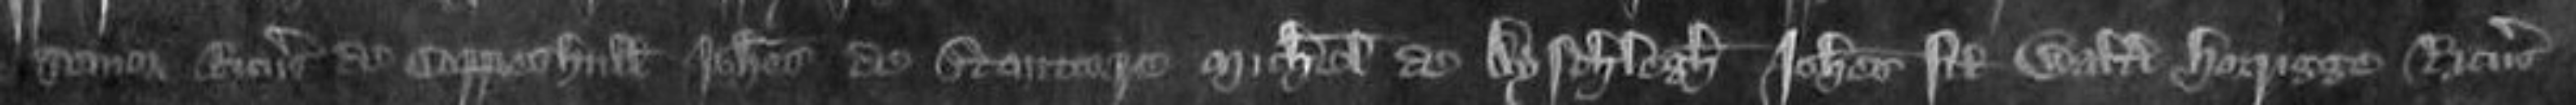
senior Ricardus de Coppeshull Johannes de Stonore Michael de Aysthlegh Johannes filius Walteri Horigge Ricardus